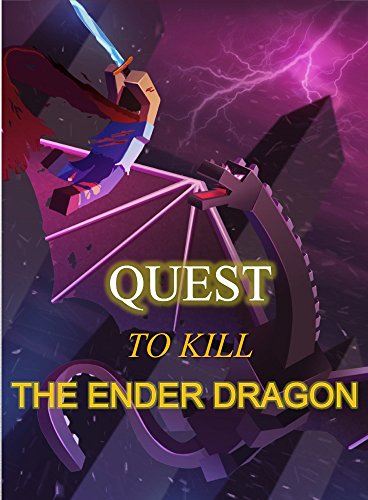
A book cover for Quest To Kill The Ender Dragon (Minecraft Adventures Book 2); Ryan Johnson; Children's Books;